Sketch of the medical history of the native army of Bombay, for the year
Year: 1872
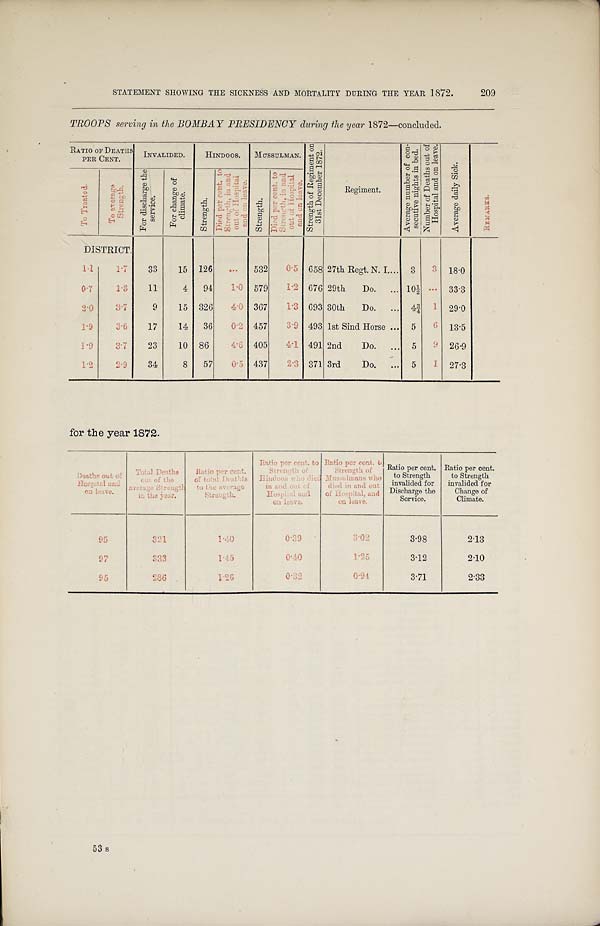
STATEMENT SHOWING THE SICKNESS AND MORTALITY DURING THE YEAR 1872.
209
TROOPS serving in the BOMBAY PRESIDENCY during the year 1872—concluded.
RATIO OF DEATHS PER CENT.
INVALIDED.
HINDOOS.
MUSSULMAN.
S t r e n g t h o f R e g i m e n t o n 3 1 s t D e c e m b e r 1 8 7 2 .
Regi ment .
A v e r a g e n u m b e r o f c o n - s e c u t i v e n i g h t s i n b e d .
N u m b e r o f D e a t h s o u t o f H o s p i t a l a n d o n l e a v e .
A v e r a g e d a i l y S i c k .
R E M A R K S .
T o T r e a t e d .
T o a v e r a g e S t r e n g t h .
F o r d i s c h a r g e t h e s e r v i c e .
F o r c h a n g e o f c l i m a t e .
S t r e n g t h .
D i e d p e r c e n t . t o S t r e n g t h , i n a n d o u t o f H o s p i t a l a n d o n l e a v e .
S t r e n g t h .
D i e d p e r c e n t . t o S t r e n g t h , i n a n d o u t o f H o s p i t a l a n d o n l e a v e .
DISTRICT.
1· 1 1· 7
33
15 126
. . . 532
0·5 658 27th Regt. N. I.
3
3
18·0
0 · 7
1 · 3
1 1
4
9 4
1 · 0
5 7 9
1 · 2
6 7 6 29th Do.
1 0 ½ ...
3 · 3
2 · 0
3 · 7
9
1 5
3 2 6
4 · 0
3 6 7
1 · 3
6 9 3 30th Do.
4 ¾
1
2 9 · 0
1 · 9
3 · 6
1 7
1 4
3 6
0 · 2
4 5 7
3 · 9
4 9 3 1st Sind Horse
5
6
1 3 · 5
1 · 9
3 · 7
2 3
1 0
8 6
4 · 6
4 0 5
4 · 1
4 9 1 2nd Do.
5
9
2 6 · 9
1 · 2
2 · 9
3 4
8
5 7
0 · 5
4 3 7
2 · 3
9 7 13rd Do.
5
1
2 7 · 3
for the year 1872.
Deat hs out of Hospi t al and on l eave.
T o t a l D e a t h s o u t o f t h e a v e r a g e S t r e n g t h i n t h e y e a r .
Rat i o per cent . of t ot al Deat hs t o t he aver age St r engt h.
Ra t i o p e r c e n t . t o St r e n g t h o f Hi n d o o s wh o d i e d i n a n d o u t o f Ho s p i t a l a n d o n l e a v e .
Ra t i o p e r c e n t . t o S t r e n g t h o f Mu s s u l ma n s wh o d i e d i n a n d o u t o f Ho s p i t a l a n d o n l e a v e .
Rat i o per cent . t o St r engt h i nval i ded f or Di schar ge t he Ser vi ce. Rat i o per c ent . t o St r engt h i nv al i ded f or Change of Cl i mat e.
9 5
3 2 1
1 · 4 0
0 · 3 9
3 · 0 2
3 · 9 8
2 · 1 3
9 7
3 3 3
1 · 4 5
0 · 4 0
1 · 2 5
3 · 1 2
2 · 1 0
9 5
2 8 6
1 · 2 6
0 · 3 2
0 · 9 4
3 · 7 1
2 · 3 3
5 3 s